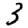
Digit: 3